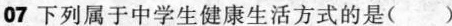
07下列属于中学生健康生活方式的是( )